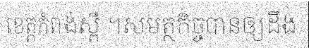
ខេត្តកំពង់ស្ពឺ ។សមត្ថកិច្ចបានឲ្យដឹង